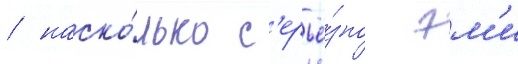
/ наско́лько с'ерьё́зно эм'и